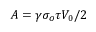
A = \gamma \sigma _ { o } \tau V _ { 0 } / 2